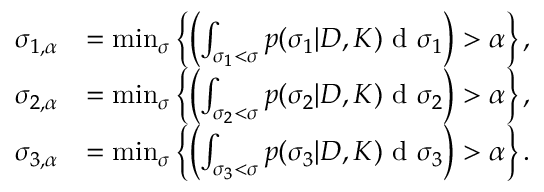
\begin{array} { r l } { \sigma _ { 1 , \alpha } } & { = \operatorname* { m i n } _ { \sigma } \left\{ \left( \int _ { \sigma _ { 1 } < \sigma } p ( \sigma _ { 1 } | D , K ) \textup { d } \sigma _ { 1 } \right) > \alpha \right\} , } \\ { \sigma _ { 2 , \alpha } } & { = \operatorname* { m i n } _ { \sigma } \left\{ \left( \int _ { \sigma _ { 2 } < \sigma } p ( \sigma _ { 2 } | D , K ) \textup { d } \sigma _ { 2 } \right) > \alpha \right\} , } \\ { \sigma _ { 3 , \alpha } } & { = \operatorname* { m i n } _ { \sigma } \left\{ \left( \int _ { \sigma _ { 3 } < \sigma } p ( \sigma _ { 3 } | D , K ) \textup { d } \sigma _ { 3 } \right) > \alpha \right\} . } \end{array}